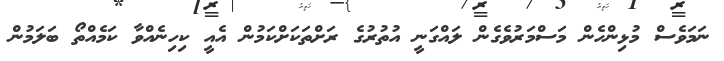
ނަމަވެސް މުޅިންހެން މަސްމަރުވެގެން ލައްގަނީ އުތުރުގެ ރަށްތަކަށްކަމުން އެއީ ކިހިނެއްވާ ކަމެއްތޯ ބަލަމުން